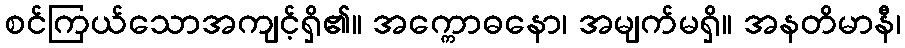
စင်ကြယ်သောအကျင့်ရှိ၏။ အက္ကောဓနော၊ အမျက်မရှိ။ အနတိမာနီ၊